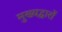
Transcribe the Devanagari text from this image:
मुख्यद्वारों